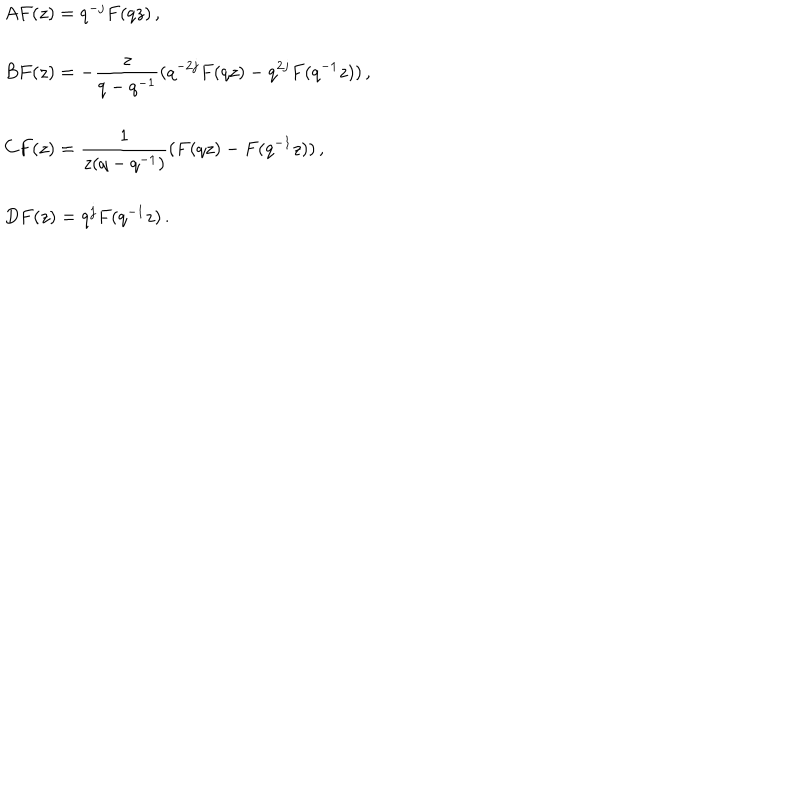
LaTeX: \begin{array} { l } { { A F ( z ) = q ^ { - j } F ( q z ) \, , } } \\ { { B F ( z ) = - \displaystyle { \frac { z } { q - q ^ { - 1 } } } ( q ^ { - 2 j } F ( q z ) - q ^ { 2 j } F ( q ^ { - 1 } z ) ) \, , } } \\ { { C F ( z ) = \displaystyle { \frac { 1 } { z ( q - q ^ { - 1 } ) } } ( F ( q z ) - F ( q ^ { - 1 } z ) ) \, , } } \\ { { D F ( z ) = q ^ { j } F ( q ^ { - 1 } z ) \, . } } \\ \end{array}